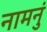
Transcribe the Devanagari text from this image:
नामनुं